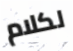
لكلام